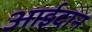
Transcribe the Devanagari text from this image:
आईदान